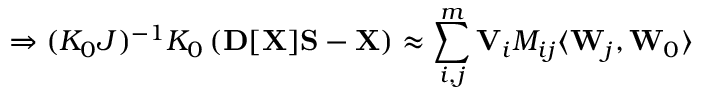
\Rightarrow ( { \cal K } _ { 0 } { \cal J } ) ^ { - 1 } { \cal K } _ { 0 } \left( { \bf D } [ { \bf X } ] { \bf S } - { \bf X } \right) \approx \sum _ { i , j } ^ { m } { \bf V } _ { i } M _ { i j } \langle { \bf W } _ { j } , { \bf W } _ { 0 } \rangle